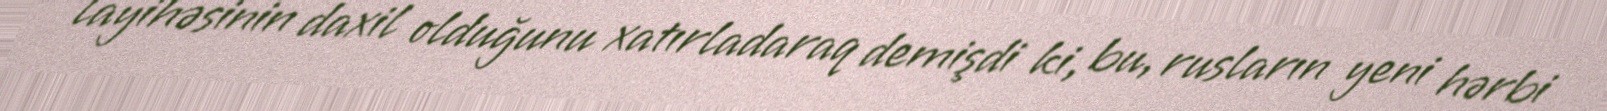
layihəsinin daxil olduğunu xatırladaraq demişdi ki, bu, rusların yeni hərbi